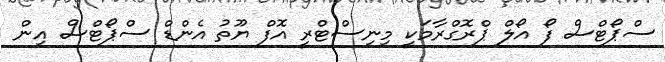
ސްޕޯޓްސް ފޯ އޯލް ޕްރޮގްރާމަކީ މިނިސްޓްރީ އޮފް ޔޫތު އެންޑް ސްޕޯޓްސް އިން